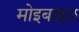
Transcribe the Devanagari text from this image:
मोइबाइल